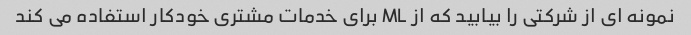
نمونه ای از شرکتی را بیابید که از ML برای خدمات مشتری خودکار استفاده می کند